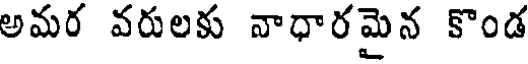
అమర వరులకు వాధారమైన కొండ